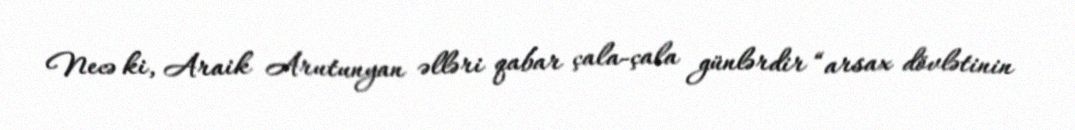
Necə ki, Araik Arutunyan əlləri qabar çala-çala günlərdir “arsax dövlətinin